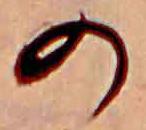
の